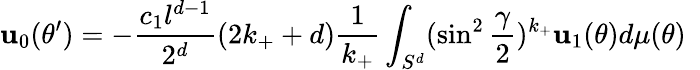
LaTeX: \mathbf{u}_{0}(\theta^{\prime})=-{\frac{{c_{1}l^{d-1}}}{{2^{d}}}}(2k_{+}+d){\frac{{1}}{{k_{+}}}}\int_{S^{d}}(\sin^{2}{\frac{{\gamma}}{{2}}})^{k_{+}}\mathbf{u}_{1}(\theta)d\mu(\theta)~~